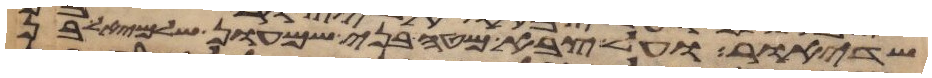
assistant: שדיאור ועל צבא מטה בני שמעון שלמיאל בן